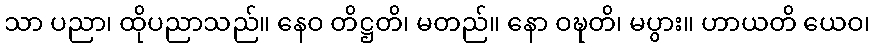
သာ ပညာ၊ ထိုပညာသည်။ နေဝ တိဋ္ဌတိ၊ မတည်။ နော ဝဍ္ဎတိ၊ မပွား။ ဟာယတိ ယေဝ၊